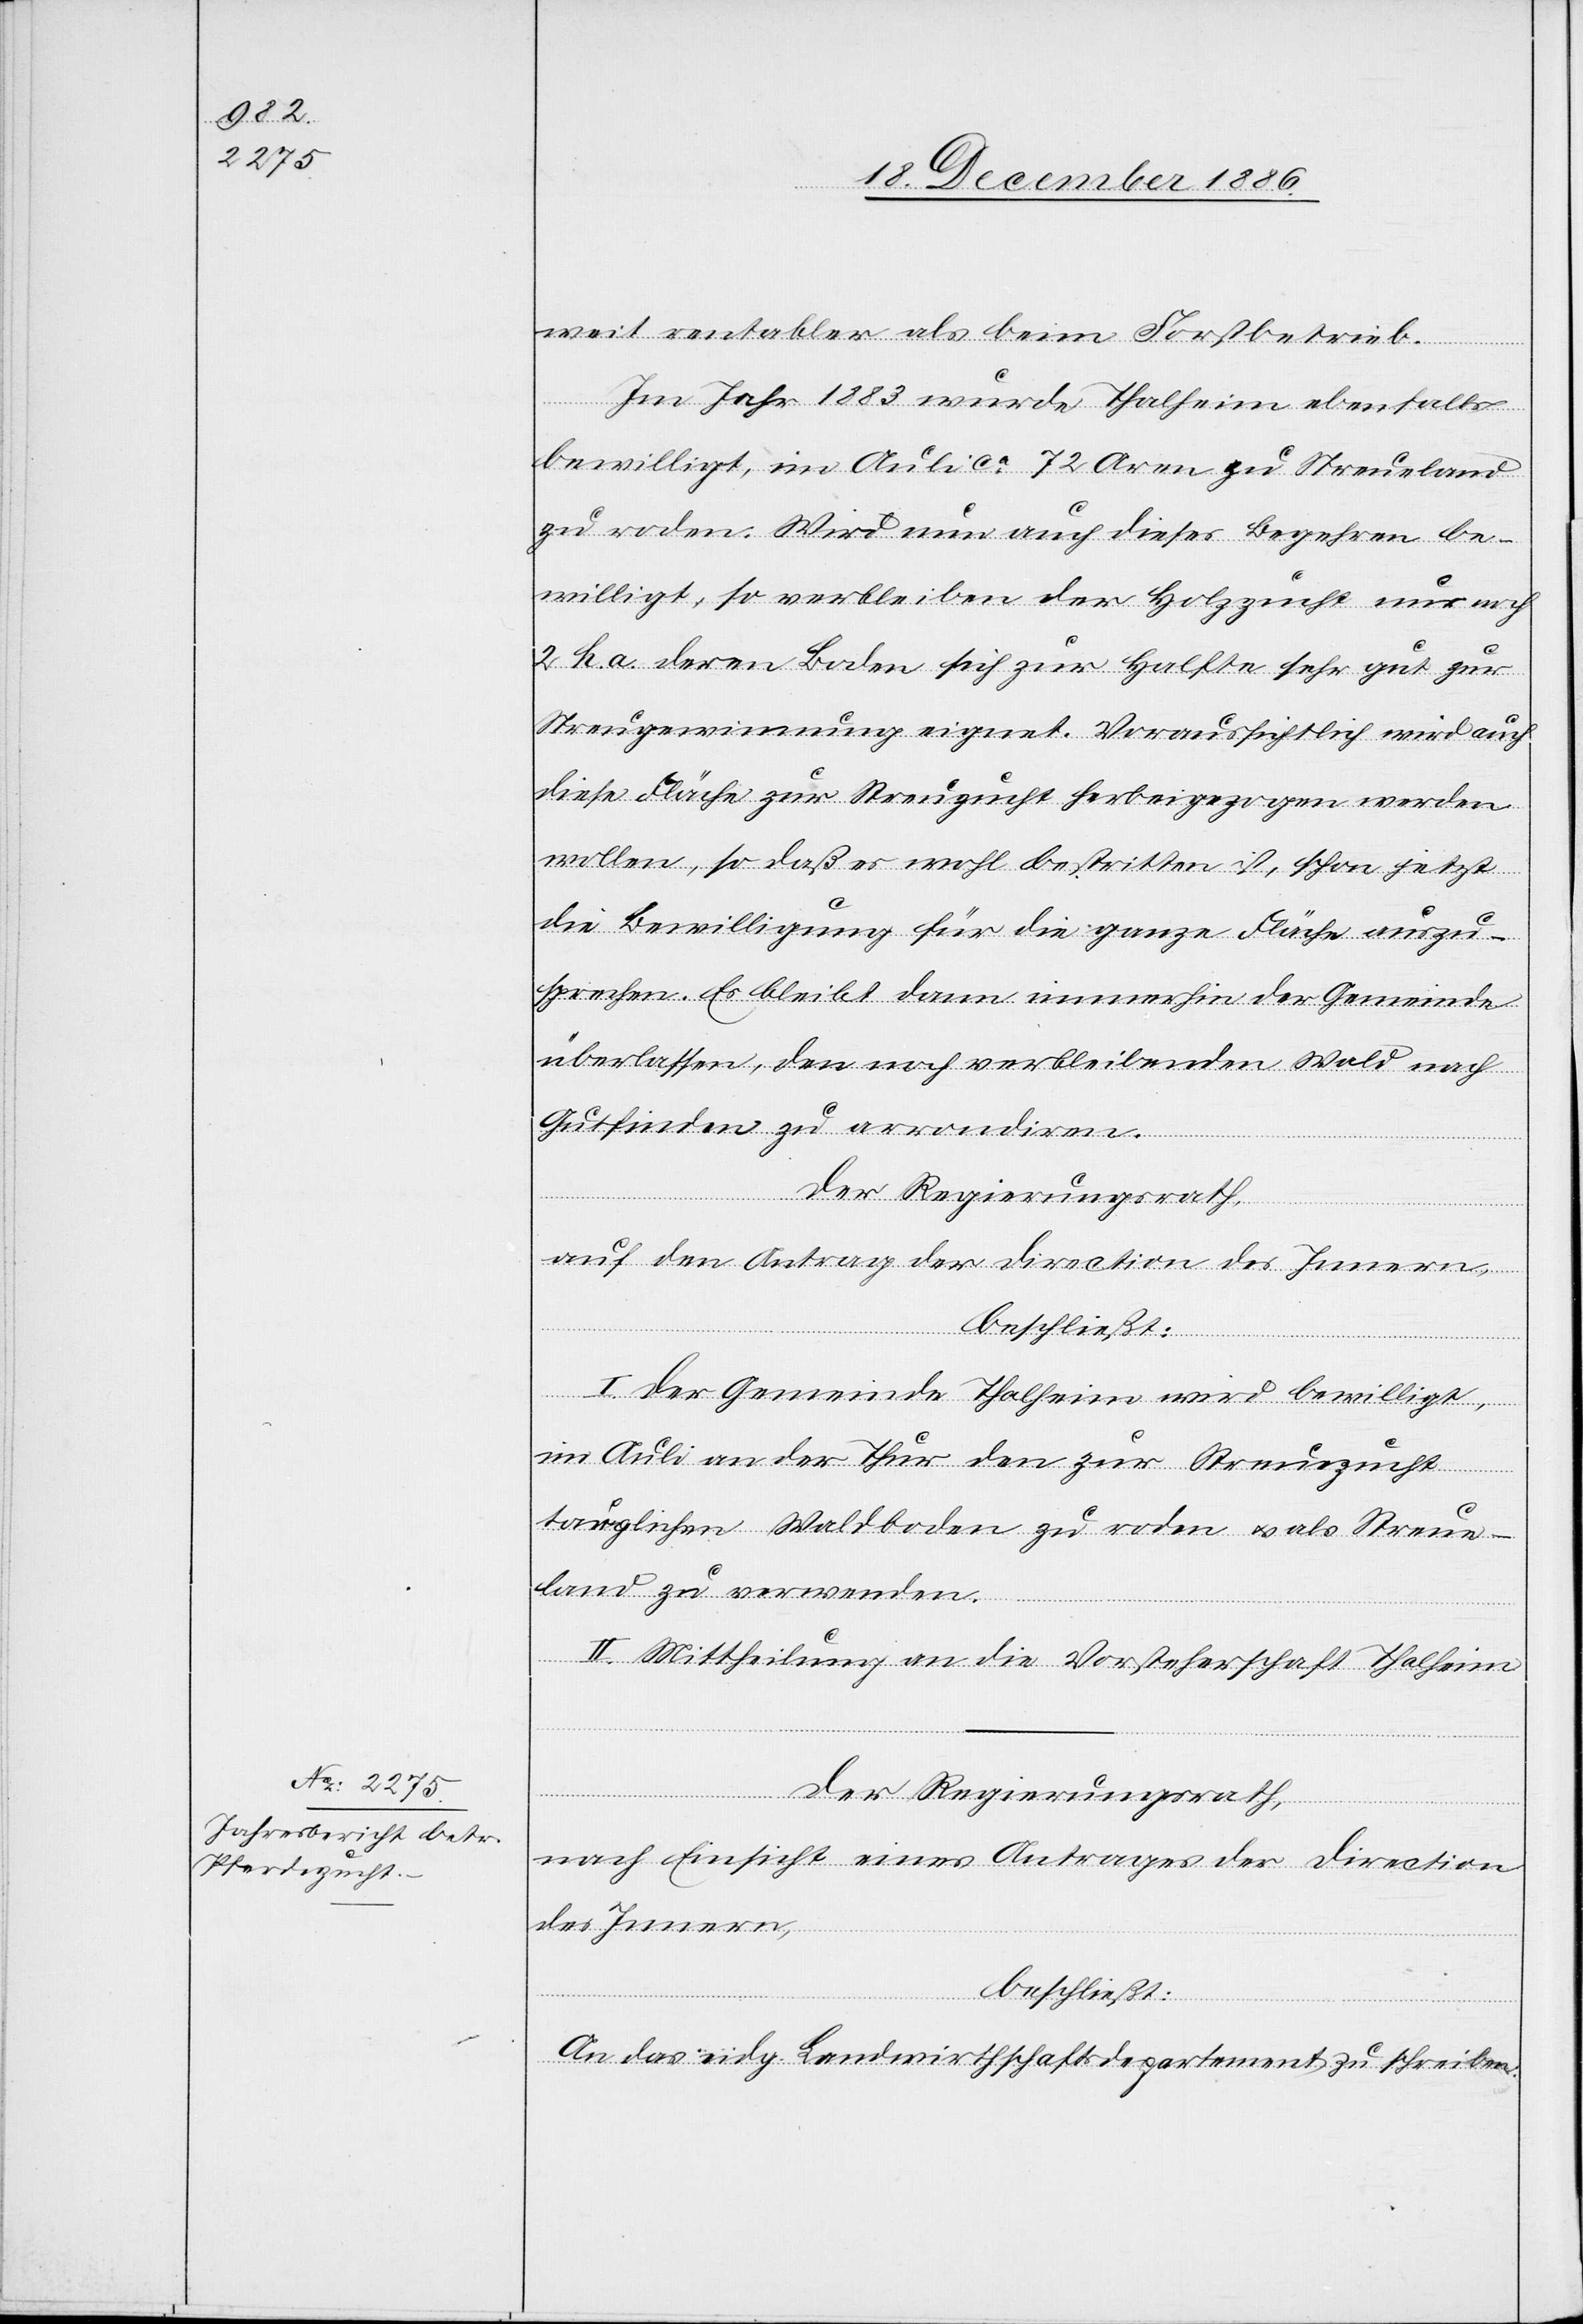
weit rentabler als beim Forstbetrieb.
Im Jahr 1883 wurde Thalheim ebenfalls
bewilligt, im Auli ca 72 Aren zu Streueland
zu roden. Wird nun auch dieses Begehren be¬
willigt, so verbleiben der Holzzucht nur noch
2 h. a. deren Boden sich zur Halfte [sic!] sehr gut zur
Streugewinnung eignet. Voraussichtlich wird auch
diese Fläche zur Streuzucht herbeigezogen werden
wollen, so daß es wohl bestritten ist, schon jetzt
die Bewilligung für die ganze Fläche auszu¬
sprechen. Es bleibt dann immerhin der Gemeinde
überlassen, den noch verbleibenden Wald nach
Gutfinden zu arrondiren.
Der Regierungsrath,
auf den Antrag der Direction des Innern,
beschließt:
I. Der Gemeinde Thalheim wird bewilligt,
im Auli an der Thur den zur Streuezucht
tauglichen Waldboden zu roden & als Streue¬
land zu verwenden.
II. Mittheilung an die Vorsteherschaft Thalheim.
Der Regierungsrath,
nach Einsicht eines Antrages der Direction
des Innern,
beschließt:
An das eidg. Landwirthschaftsdepartement zu schreiben: